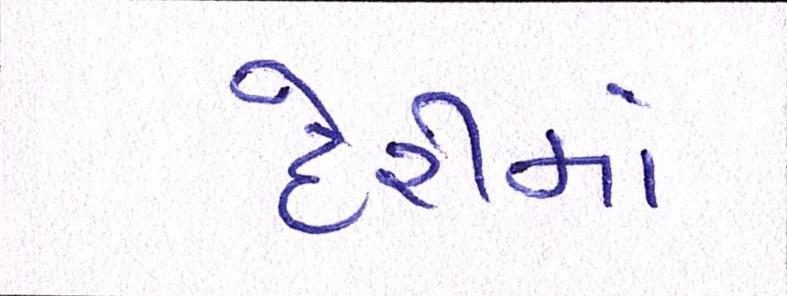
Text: દેરીમાં